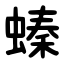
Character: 螓